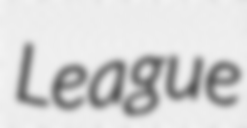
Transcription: League